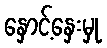
နှောင့်နှေးမှု